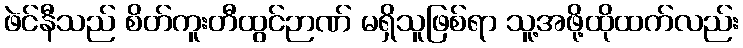
ဖဲင်နီသည် စိတ်ကူးတီထွင်ဉာဏ် မရှိသူဖြစ်ရာ သူ့အဖို့ထိုထက်လည်း